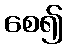
စေ၍